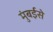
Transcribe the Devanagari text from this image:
मुंबईसे